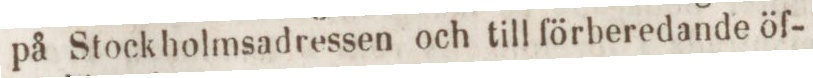
på Stockholmsadressen och till förberedande öf-